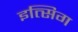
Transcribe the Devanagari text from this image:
इत्सिग